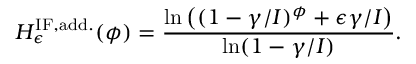
H _ { \epsilon } ^ { \mathrm { I F , a d d . } } ( \phi ) = \frac { \ln \left( ( 1 - \gamma / I ) ^ { \phi } + \epsilon \gamma / I \right) } { \ln ( 1 - \gamma / I ) } .